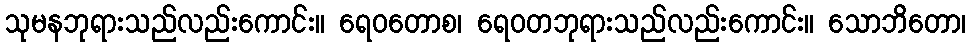
သုမနဘုရားသည်လည်းကောင်း။ ရေဝတောစ၊ ရေဝတဘုရားသည်လည်းကောင်း။ သောဘိတော၊